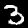
Label: 3